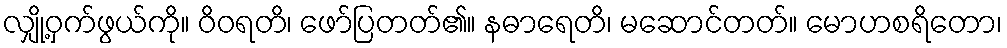
လျှို့ဝှက်ဖွယ်ကို။ ဝိဝရတိ၊ ဖော်ပြတတ်၏။ နဓာရေတိ၊ မဆောင်တတ်။ မောဟစရိတော၊